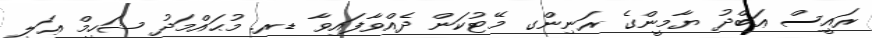
ރައީސް ޢަބްދު ޔާމީންގެ ރަނިންގ މޭޓުކަން ދެއްވާފައިވާ ޑރ. މުޙައްމަދު ޝަހީމް ޢަލީ